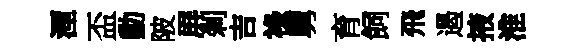
湮盃勳陂屏剎吉祿舅育飼飛遏掖淮